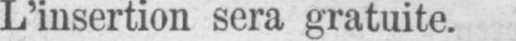
L’insertion sera gratuite.